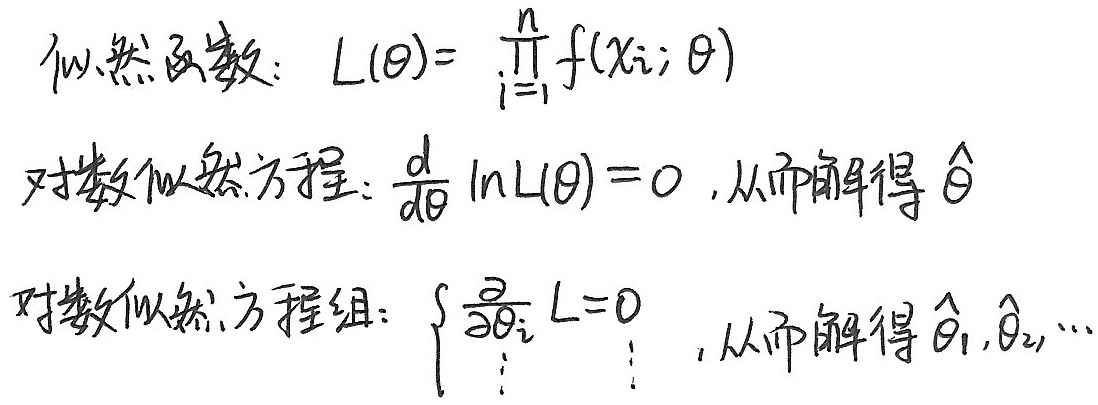
似然函数：\(L(\theta)=\prod_{i = 1}^{n}f(x_i;\theta)\)
对数似然方程：\(\frac{d}{d\theta}\ln L(\theta)=0\)，从而解得\(\hat{\theta}\)
对数似然方程组：\(\begin{cases}
\frac{\partial}{\partial\theta_i}L = 0 \\
\vdots \ \ \ \ \ \ \vdots
\end{cases}\)，从而解得\(\hat{\theta}_1,\hat{\theta}_2,\cdots\)